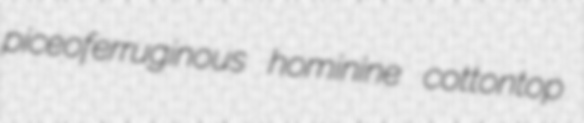
piceoferruginous hominine cottontop